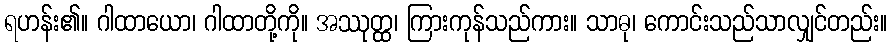
ရဟန်း၏။ ဂါထာယော၊ ဂါထာတို့ကို။ အဿုတ္ထ၊ ကြားကုန်သည်ကား။ သာဓု၊ ကောင်းသည်သာလျှင်တည်း။